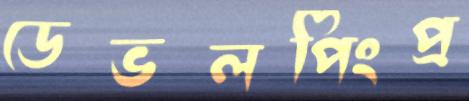
ডেভলপিংপ্র